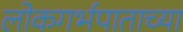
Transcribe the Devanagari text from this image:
लोकगर्भपाताच्या